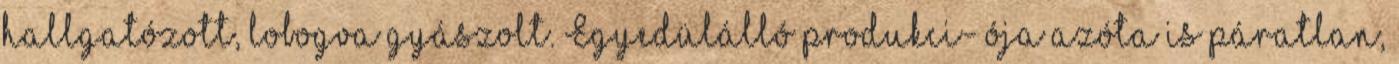
hallgatózott, lobogva gyászolt. Egyedülálló produkci- ója azóta is páratlan,